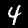
Label: 4